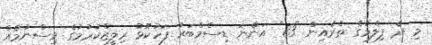
މި ދެ ފިލްމުގެ ތެރެއިން "83" އަންނަ ޑިސެމްބަރު ފަހުކޮޅު ރިލީޒްކުރުމުގެ ވިސްނުމެއް